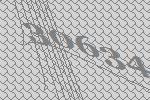
30634